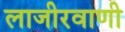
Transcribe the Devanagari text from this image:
लाजीरवाणी